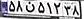
۵۸ن۵۱۲۳۸